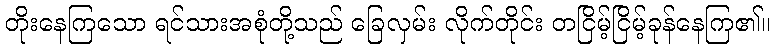
တိုးနေကြသော ရင်သားအစုံတို့သည် ခြေလှမ်း လိုက်တိုင်း တငြိမ့်ငြိမ့်ခုန်နေကြ၏။